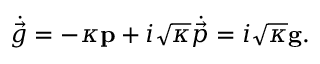
\dot { \vec { g } } = - \kappa \mathbf { p } + i \sqrt { \kappa } \dot { \vec { p } } = i \sqrt { \kappa } \mathbf { g } .